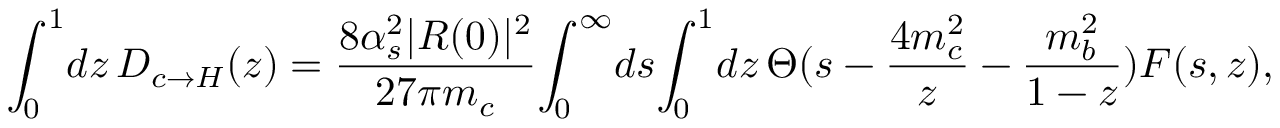
\int _ { 0 } ^ { 1 } \! d z \, D _ { c \rightarrow H } ( z ) = \frac { 8 \alpha _ { s } ^ { 2 } | R ( 0 ) | ^ { 2 } } { 2 7 \pi m _ { c } } \! \int _ { 0 } ^ { \infty } \! d s \! \int _ { 0 } ^ { 1 } \! d z \, \Theta ( s - \frac { 4 m _ { c } ^ { 2 } } { z } - \frac { m _ { b } ^ { 2 } } { 1 - z } ) F ( s , z ) ,